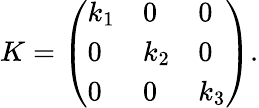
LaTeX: K=\left(\begin{array}{lll}{k_{1}}&{0}&{0}\\ {0}&{k_{2}}&{0}\\ {0}&{0}&{k_{3}}\end{array}\right).